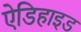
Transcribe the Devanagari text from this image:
ऐडिहाइड